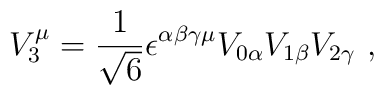
V_{3}^{\mu}=\frac{1}{\sqrt{6}}\epsilon ^{\alpha \beta \gamma \mu}V_{0\alpha}V_{1\beta}V_{2\gamma}~,